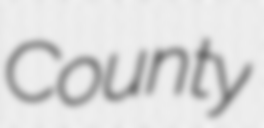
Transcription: County